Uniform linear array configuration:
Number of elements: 4
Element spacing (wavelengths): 0.75
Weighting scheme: exponential
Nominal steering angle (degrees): -30
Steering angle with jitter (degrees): -30.801
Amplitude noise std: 0.05
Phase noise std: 0.05

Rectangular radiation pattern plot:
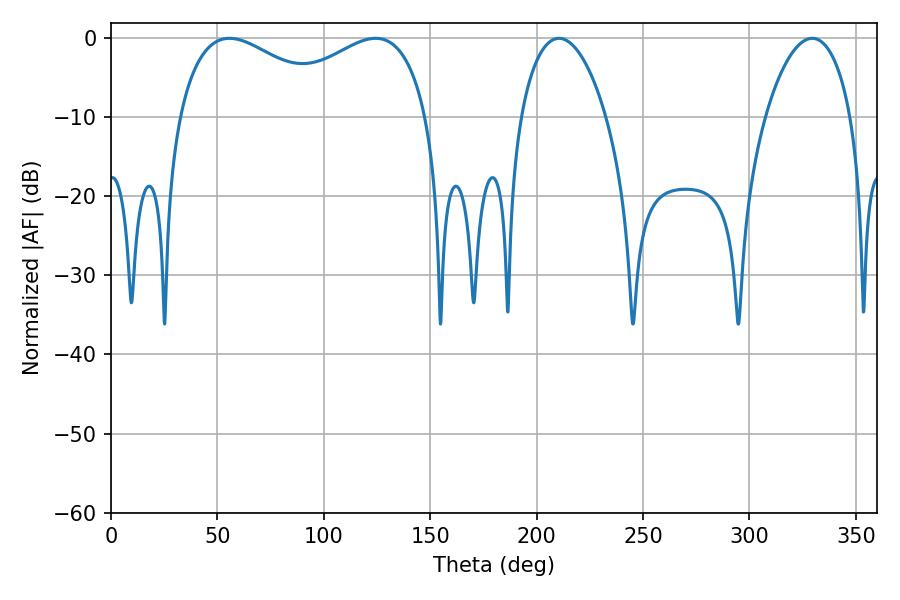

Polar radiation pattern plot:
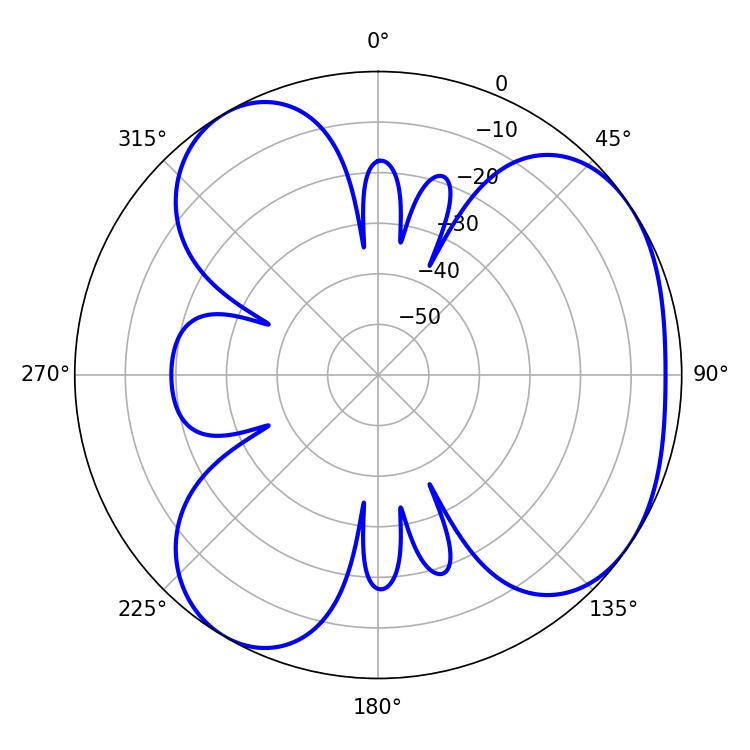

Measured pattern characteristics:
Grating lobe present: TRUE
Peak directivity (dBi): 4.434
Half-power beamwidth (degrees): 43.2
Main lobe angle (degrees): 55.62